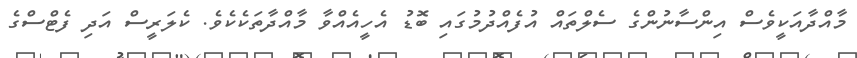
މާއްދާއަކީވެސް އިންސާނުންގެ ސެލްތައް އުފެއްދުމުގައި ބޮޑު އެހީއެއްވާ މާއްދާތަކެކެވެ. ކެލަރީސް އަދި ފެޓްސްގެ